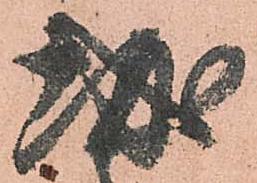
城